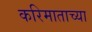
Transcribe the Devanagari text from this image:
करिमाताच्या